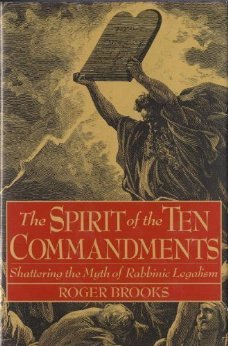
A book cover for The Spirit of the Ten Commandments: Shattering the Myth of Rabbinic Legalism; Roger Brooks; Religion & Spirituality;